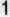
1